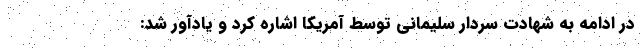
در ادامه به شهادت سردار سلیمانی توسط آمریکا اشاره کرد و یادآور شد: